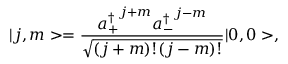
\vert j , m > = \frac { { a _ { + } ^ { \dagger } } ^ { j + m } { a _ { - } ^ { \dagger } } ^ { j - m } } { \sqrt { ( j + m ) ! ( j - m ) ! } } \vert 0 , 0 > ,